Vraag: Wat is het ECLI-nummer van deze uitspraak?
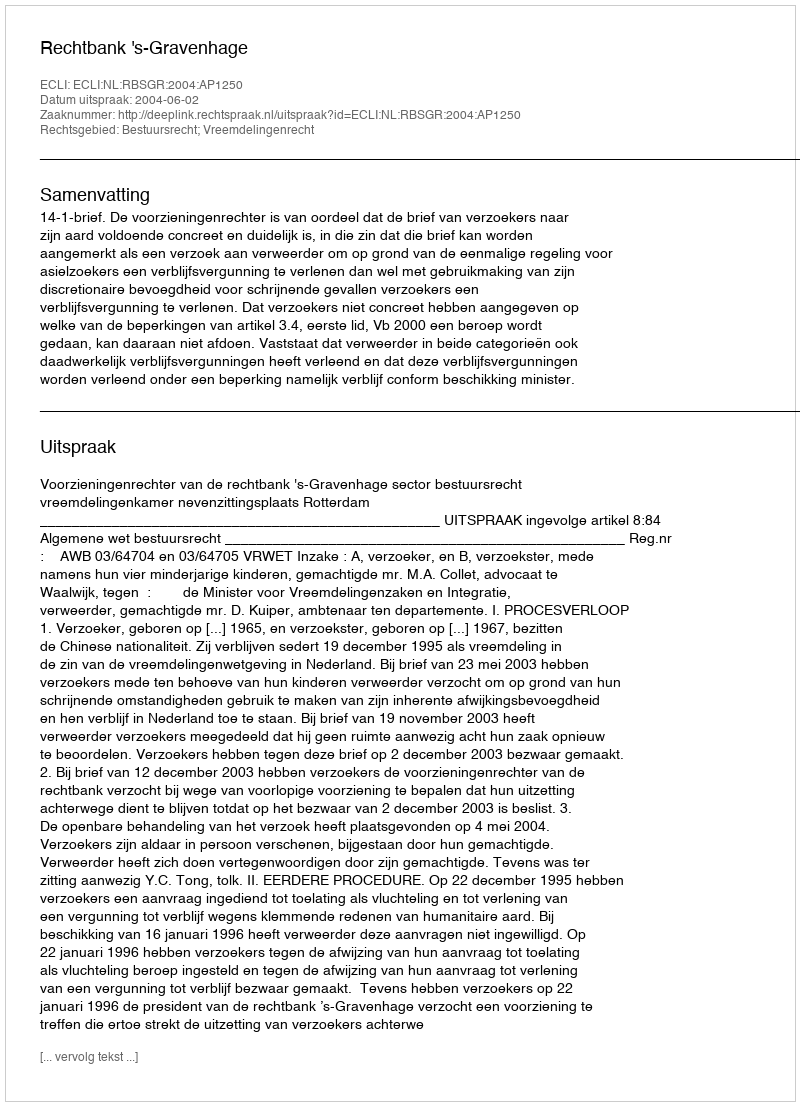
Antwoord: ECLI:NL:RBSGR:2004:AP1250